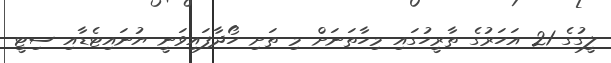
ލީގުގެ 21 އަހަރުގެ ތާރީހުގައި މިހާތަނަށް މި ތަށި ހޯދާފައިވަނީ ޔުނައިޓެޑާއި ސިޓީ